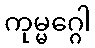
ကုမ္မဂ္ဂေါ